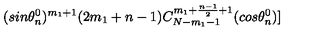
( s i n { \theta _ { n } ^ { 0 } } ) ^ { m _ { 1 } + 1 } ( 2 m _ { 1 } + n - 1 ) C _ { N - m _ { 1 } - 1 } ^ { m _ { 1 } + \frac { n - 1 } { 2 } + 1 } ( c o s { \theta _ { n } ^ { 0 } } ) ]